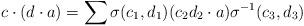
LaTeX: \begin{align*}c \cdot(d\cdot a)=\sum \sigma(c_1,d_1)(c_2 d_2 \cdot a)\sigma^{-1}(c_3,d_3)\end{align*}